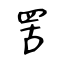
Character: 罟